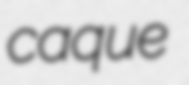
caque